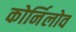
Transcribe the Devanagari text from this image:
कोर्निलोव